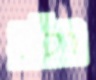
ולכ